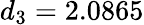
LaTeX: d_{3}=2.0865